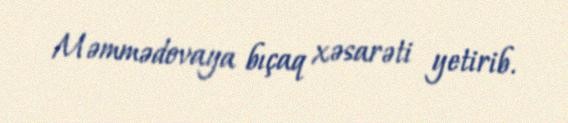
Məmmədovaya bıçaq xəsarəti yetirib.